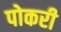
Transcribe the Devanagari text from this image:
पोकरी